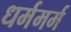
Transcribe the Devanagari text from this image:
धर्ममर्म